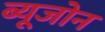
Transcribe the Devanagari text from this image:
ब्यूजोन